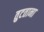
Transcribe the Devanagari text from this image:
तुटताना